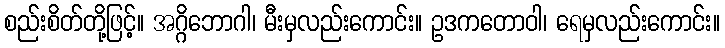
စည်းစိတ်တို့ဖြင့်။ အဂ္ဂိဘောဂါ၊ မီးမှလည်းကောင်း။ ဥဒကတောဝါ၊ ရေမှလည်းကောင်း။